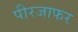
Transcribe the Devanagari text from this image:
पीरजाफर